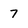
Character: 7